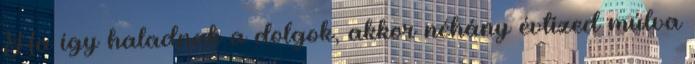
Ha így haladnak a dolgok, akkor néhány évtized múlva